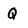
Character: Q